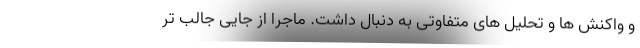
و واکنش ها و تحلیل های متفاوتی به دنبال داشت. ماجرا از جایی جالب تر